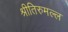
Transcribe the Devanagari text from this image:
श्रीतिरुमल्ल